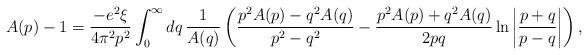
LaTeX: \begin{align*}A(p) - 1 = \frac{-e^2\xi}{4\pi^2p^2} \int_0^\infty dq\, \frac{1}{A(q)} \left(\frac{p^2A(p) - q^2A(q)}{p^2-q^2} - \frac{p^2A(p) + q^2A(q)}{2pq} \ln\left|\frac{p+q}{p-q}\right|\right), \end{align*}